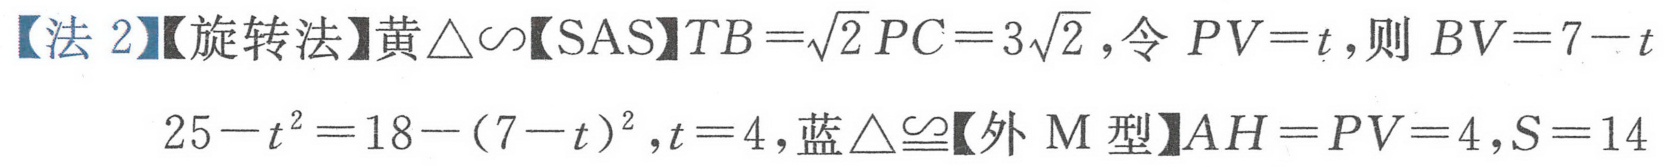
【法2】【旋转法】黄$\triangle\sim$【SAS】$TB = \sqrt{2}PC = 3\sqrt{2}$,令$PV = t$,则$BV = 7 - t$
$25 - t^{2}=18-(7 - t)^{2},t = 4$,蓝$\triangle\cong$【外M型】$AH = PV = 4,S = 14$